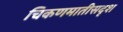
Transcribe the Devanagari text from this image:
चिकणमातीसदृश